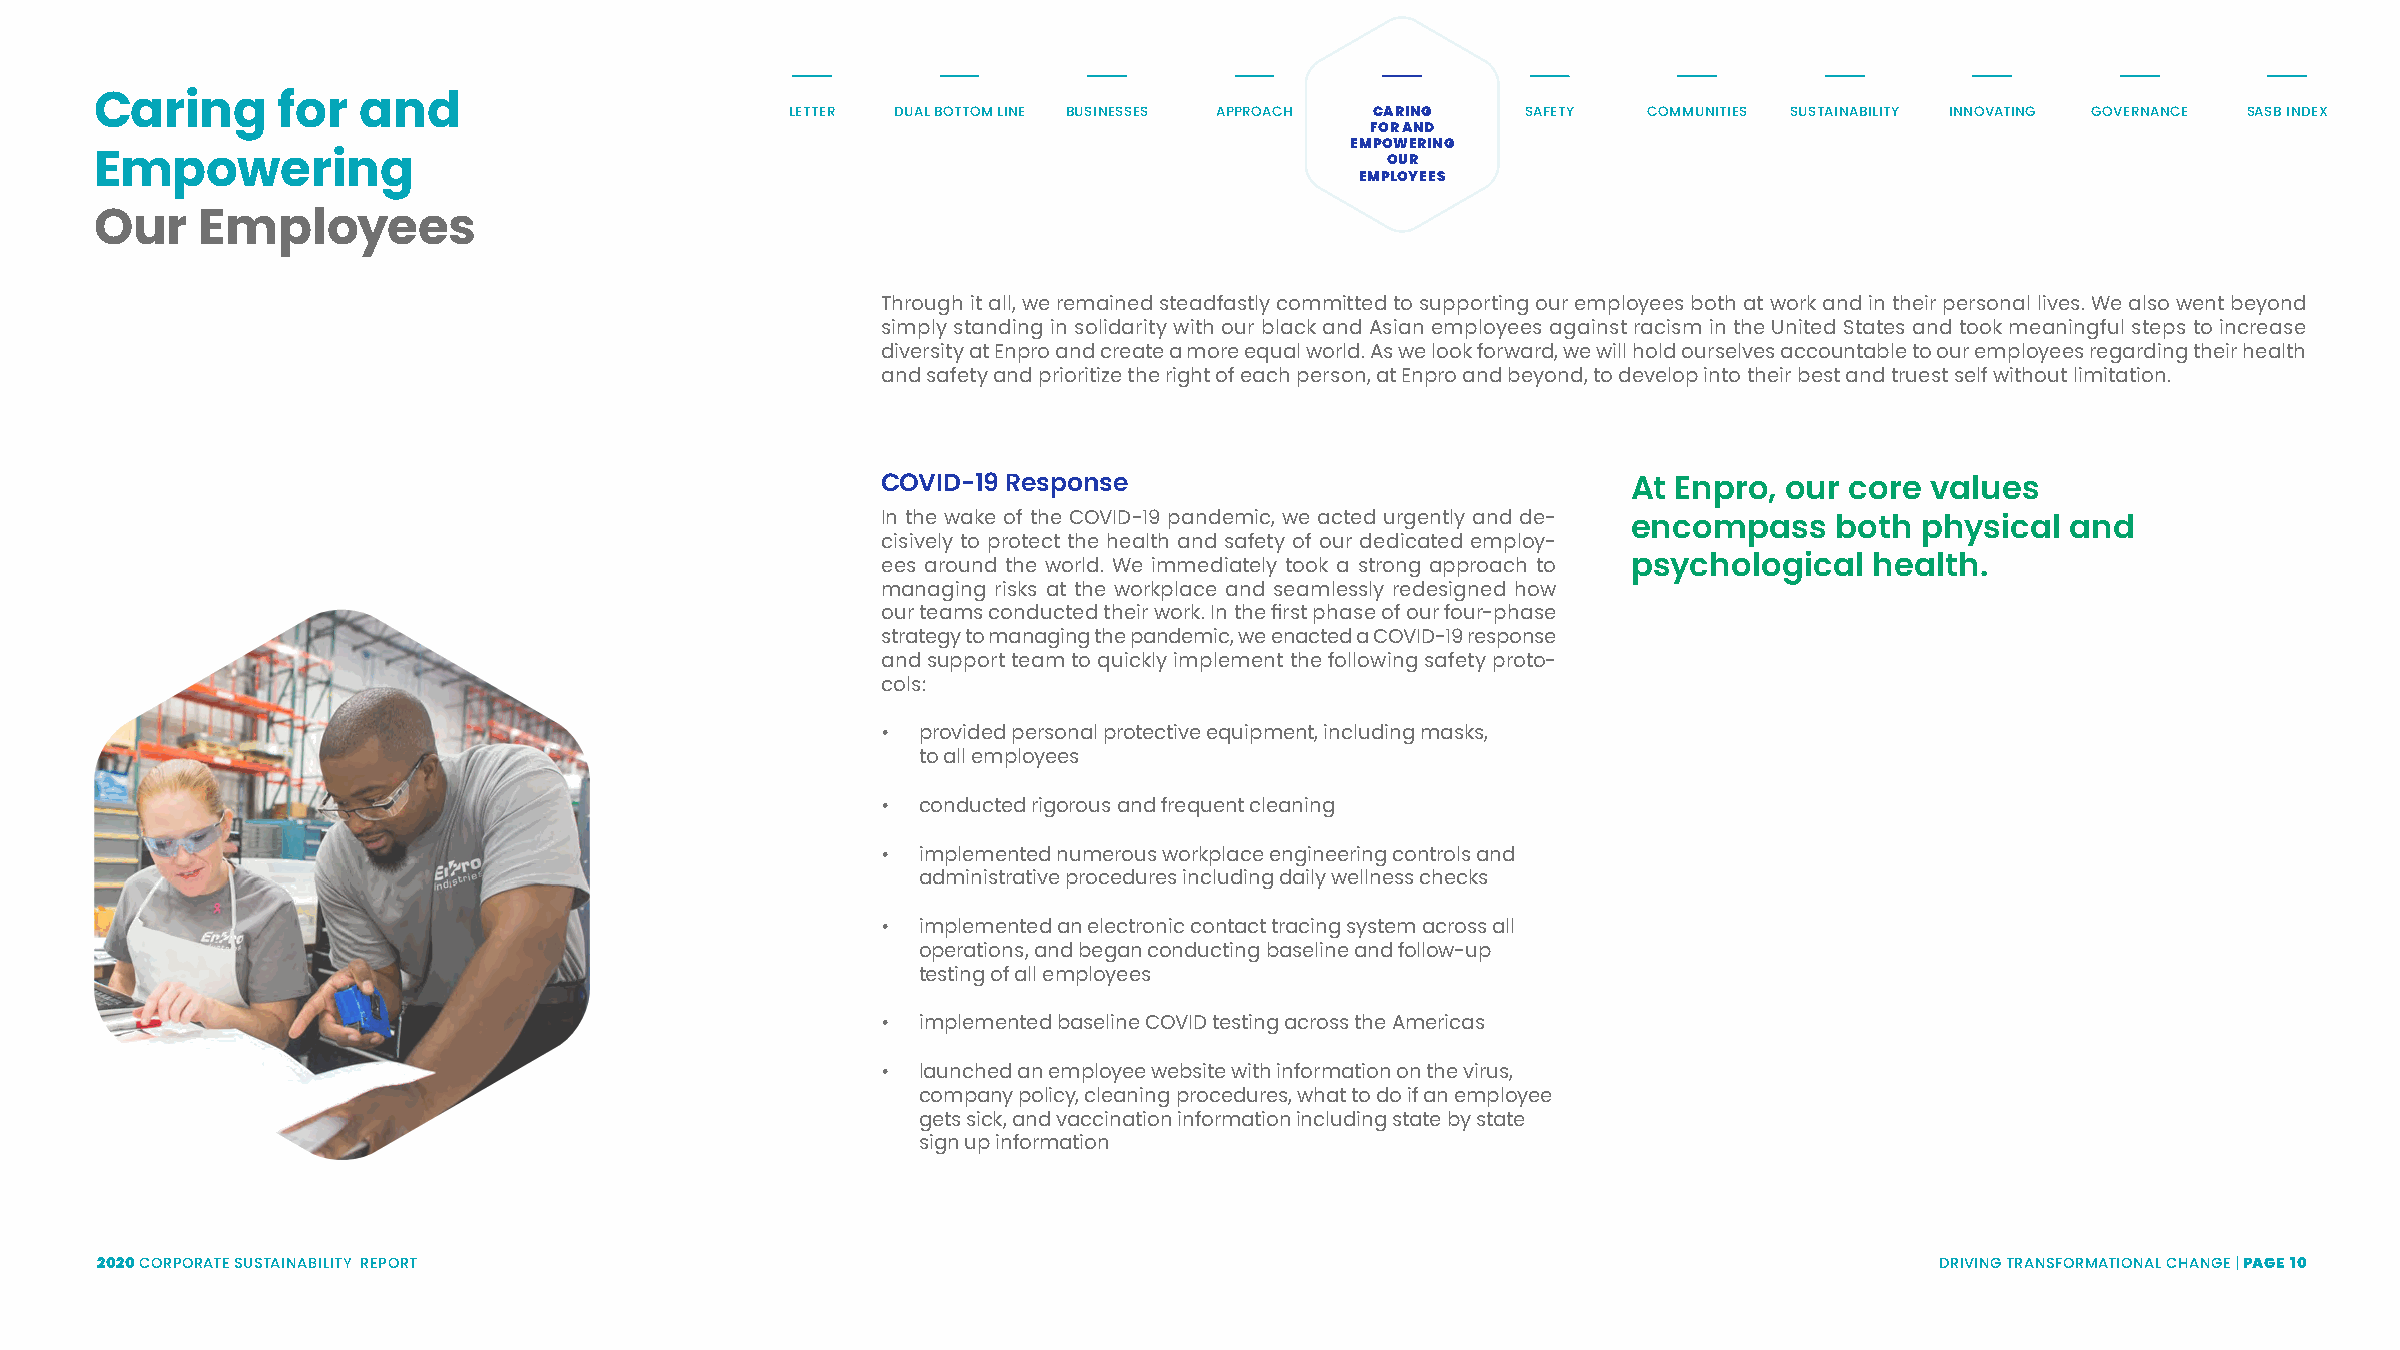
Caring      for   and                         LETTER DUAL BOTTOM LINE BUSINESSES APPROACH CARING SAFETY COMMUNITIES SUSTAINABILITY INNOVATING GOVERNANCE SASB INDEX
 FOR AND
 EMPOWERING
 OUR
 Empowering
 EMPLOYEES
 Our    Employees
 Through it all, we remained steadfastly committed to supporting our employees both at work and in their personal lives. We also went beyond
 simply standing in solidarity with our black and Asian employees against racism in the United States and took meaningful steps to increase
 diversity at Enpro and create a more equal world. As we look forward, we will hold ourselves accountable to our employees regarding their health
 and safety and prioritize the right of each person, at Enpro and beyond, to develop into their best and truest self without limitation.
 COVID-19 Response                                 At Enpro, our core  values
 In the wake of the COVID-19 pandemic, we acted urgently and de-
 encompass     both physical  and
 cisively to protect the health and safety of our dedicated employ-
 ees around the world. We immediately took a strong approach to psychological health.
 managing risks at the workplace and seamlessly redesigned how
 our teams conducted their work. In the first phase of our four-phase
 strategy to managing the pandemic, we enacted a COVID-19 response
 and support team to quickly implement the following safety proto-
 cols:
 •  provided personal protective equipment, including masks,
 to all employees
 •  conducted rigorous and frequent cleaning
 •  implemented numerous workplace engineering controls and
 administrative procedures including daily wellness checks
 •  implemented an electronic contact tracing system across all
 operations, and began conducting baseline and follow-up
 testing of all employees
 •  implemented baseline COVID testing across the Americas
 •  launched an employee website with information on the virus,
 company policy, cleaning procedures, what to do if an employee
 gets sick, and vaccination information including state by state
 sign up information
 2020 CORPORATE SUSTAINABILITY REPORT                                                                                      DRIVING TRANSFORMATIONAL CHANGE | PAGE 10